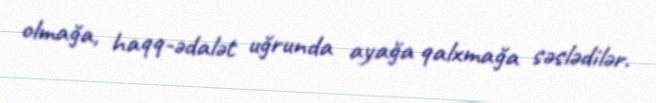
olmağa, haqq-ədalət uğrunda ayağa qalxmağa səslədilər.